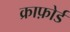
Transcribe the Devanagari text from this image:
क्राफ़ोर्ड